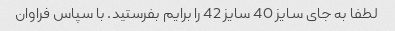
لطفا به جای سایز 40 سایز 42 را برایم بفرستید. با سپاس فراوان